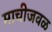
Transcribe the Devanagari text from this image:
माचीजवळ